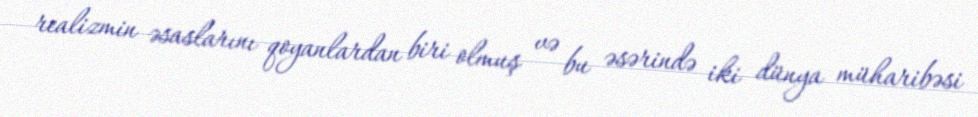
realizmin əsaslarını qoyanlardan biri olmuş və bu əsərində iki dünya müharibəsi